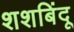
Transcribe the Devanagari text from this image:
शशबिंदू